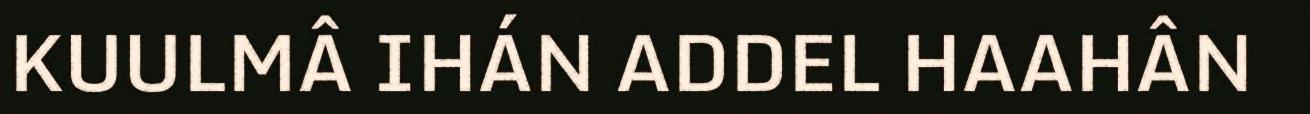
KUULMÂ IHÁN ADDEL HAAHÂN